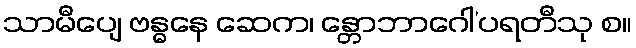
သာမီပျေ ဗန္ဓနေ ဆေက၊ န္တောဘာဂေါ’ပရတီသု စ။